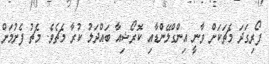
ފޯރިގަދަ މެޗަކަށް ވާނީ އިންގްލޭންޑާއި ކޮރޯޝިއާ ބައްދަލު ކުރާ މެޗެވެ. މެޗު ފެށުމަށް